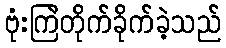
ဗုံးကြဲတိုက်ခိုက်ခဲ့သည်